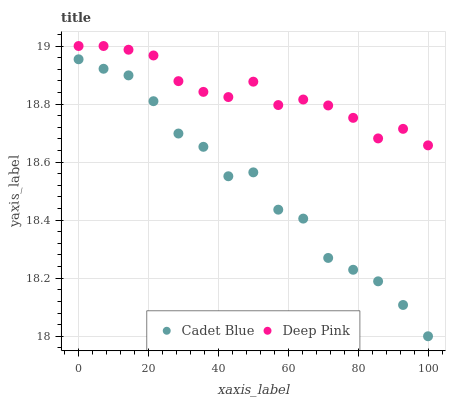
| xaxis_label | Cadet Blue | Deep Pink |
 | --- | --- | --- |
 | 0 | 19 | 19 |
 | 7.14 | 18.9 | 19 |
 | 14.3 | 18.9 | 19 |
 | 21.4 | 18.8 | 19 |
 | 28.6 | 18.7 | 18.9 |
 | 35.7 | 18.7 | 18.8 |
 | 42.9 | 18.6 | 18.8 |
 | 50 | 18.6 | 18.9 |
 | 57.1 | 18.4 | 18.8 |
 | 64.3 | 18.4 | 18.8 |
 | 71.4 | 18.3 | 18.8 |
 | 78.6 | 18.2 | 18.8 |
 | 85.7 | 18.2 | 18.7 |
 | 92.9 | 18.1 | 18.7 |
 | 100 | 18 | 18.7 |